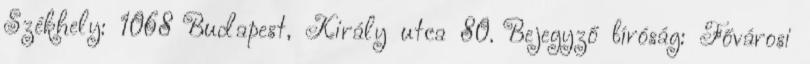
Székhely: 1068 Budapest, Király utca 80. Bejegyző bíróság: Fővárosi